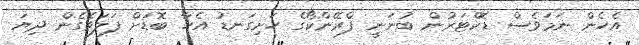
އެހެން ނަމަވެސް ޑޮކްޓަރުން ބުނަނީ ފްރޭންކޯގެ ހަށިގަނޑު އެހާ ބޮޑަށް ފަލަވެގެން ދިޔަ